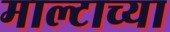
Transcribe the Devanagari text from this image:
माल्टाच्या